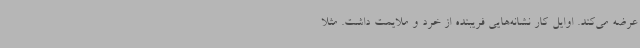
عرضه می‌کند. اوایل کار نشانه‌هایی فریبنده از خرد و ملایمت داشت. مثلا